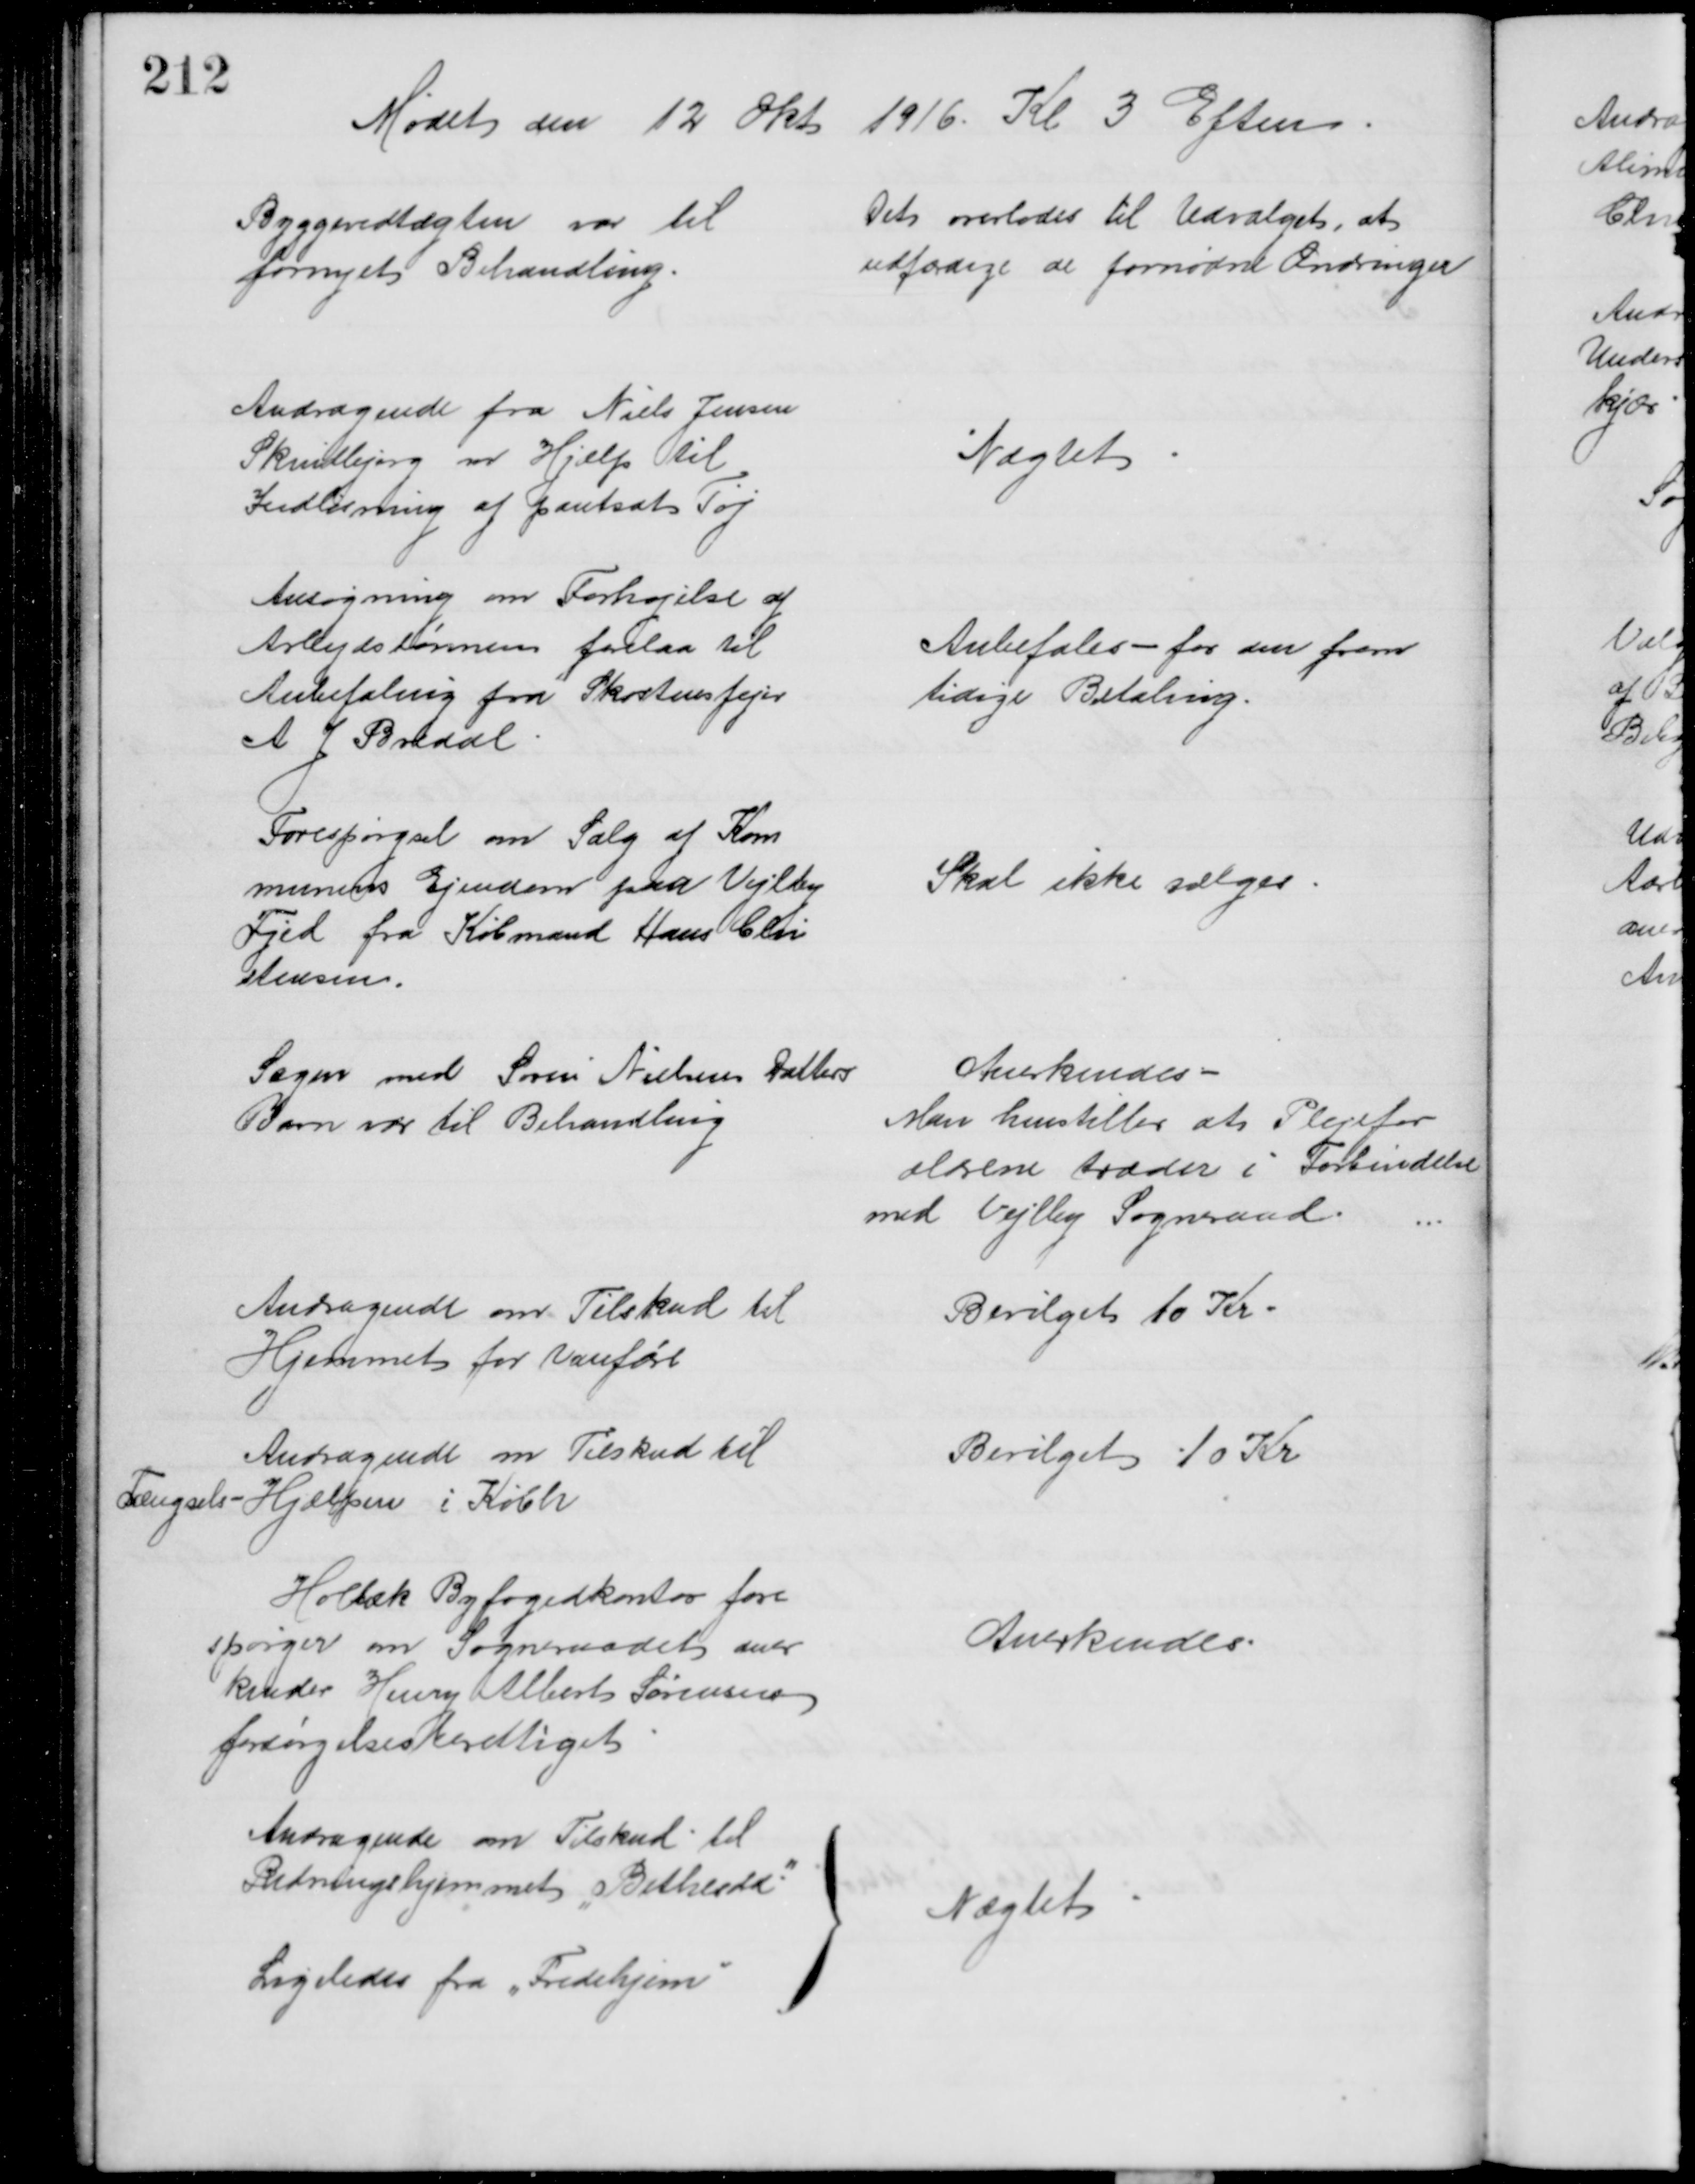
Transskription:
Mødet den 12 Okt 1916. Kl 3 Eftm
Byggevedtægten var til
fornyet Behandling.
Det overlodes til Udvalget, at 
udfærdige de fornødne Ændringer
Andragende fra Niels Jensen
Skindbjerg om Hjælp til
Indløsning af pantsat Tøj
Nægtet
Ansøgning om Forhøjelse af
Arbejdslønnen forelaa til
Anbefaling fra Skorstensfejer
A J Bredal
Anbefales - for den frem
tidige Betaling.
Forespørgsel om Salg af Kom
munens Ejendom paa Vejlby
Fjed fra Købmand Hans Chri
stensen.
Skal ikke sælges
Sagen med Søren Nielsen Datters
Barn var til Behandling
Anerkendes
Man henstiller at Plejefor
ældrene træder i Forbindelse
med Vejlby Sogneraad.
Andragende om Tilskud til
Hjemmet for Vanføre
Bevilget 10 Kr
Andragende om Tilskud til
Fængsels-Hjælpen i Købh
Bevilget 10 Kr
Holbæk Byfogedkontor fore
spørger om Sogneraadet aner
kender Henry Albert Sørensen
forsørgelsesberettiget
Anerkendes
Andragende om Tilskud til
Redningshjemmet "Bethesda".
Ligeledes fra „Fredehjem"
Nægtet